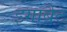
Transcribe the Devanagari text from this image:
इगाबैट